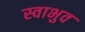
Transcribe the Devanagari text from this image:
स्वाभुव